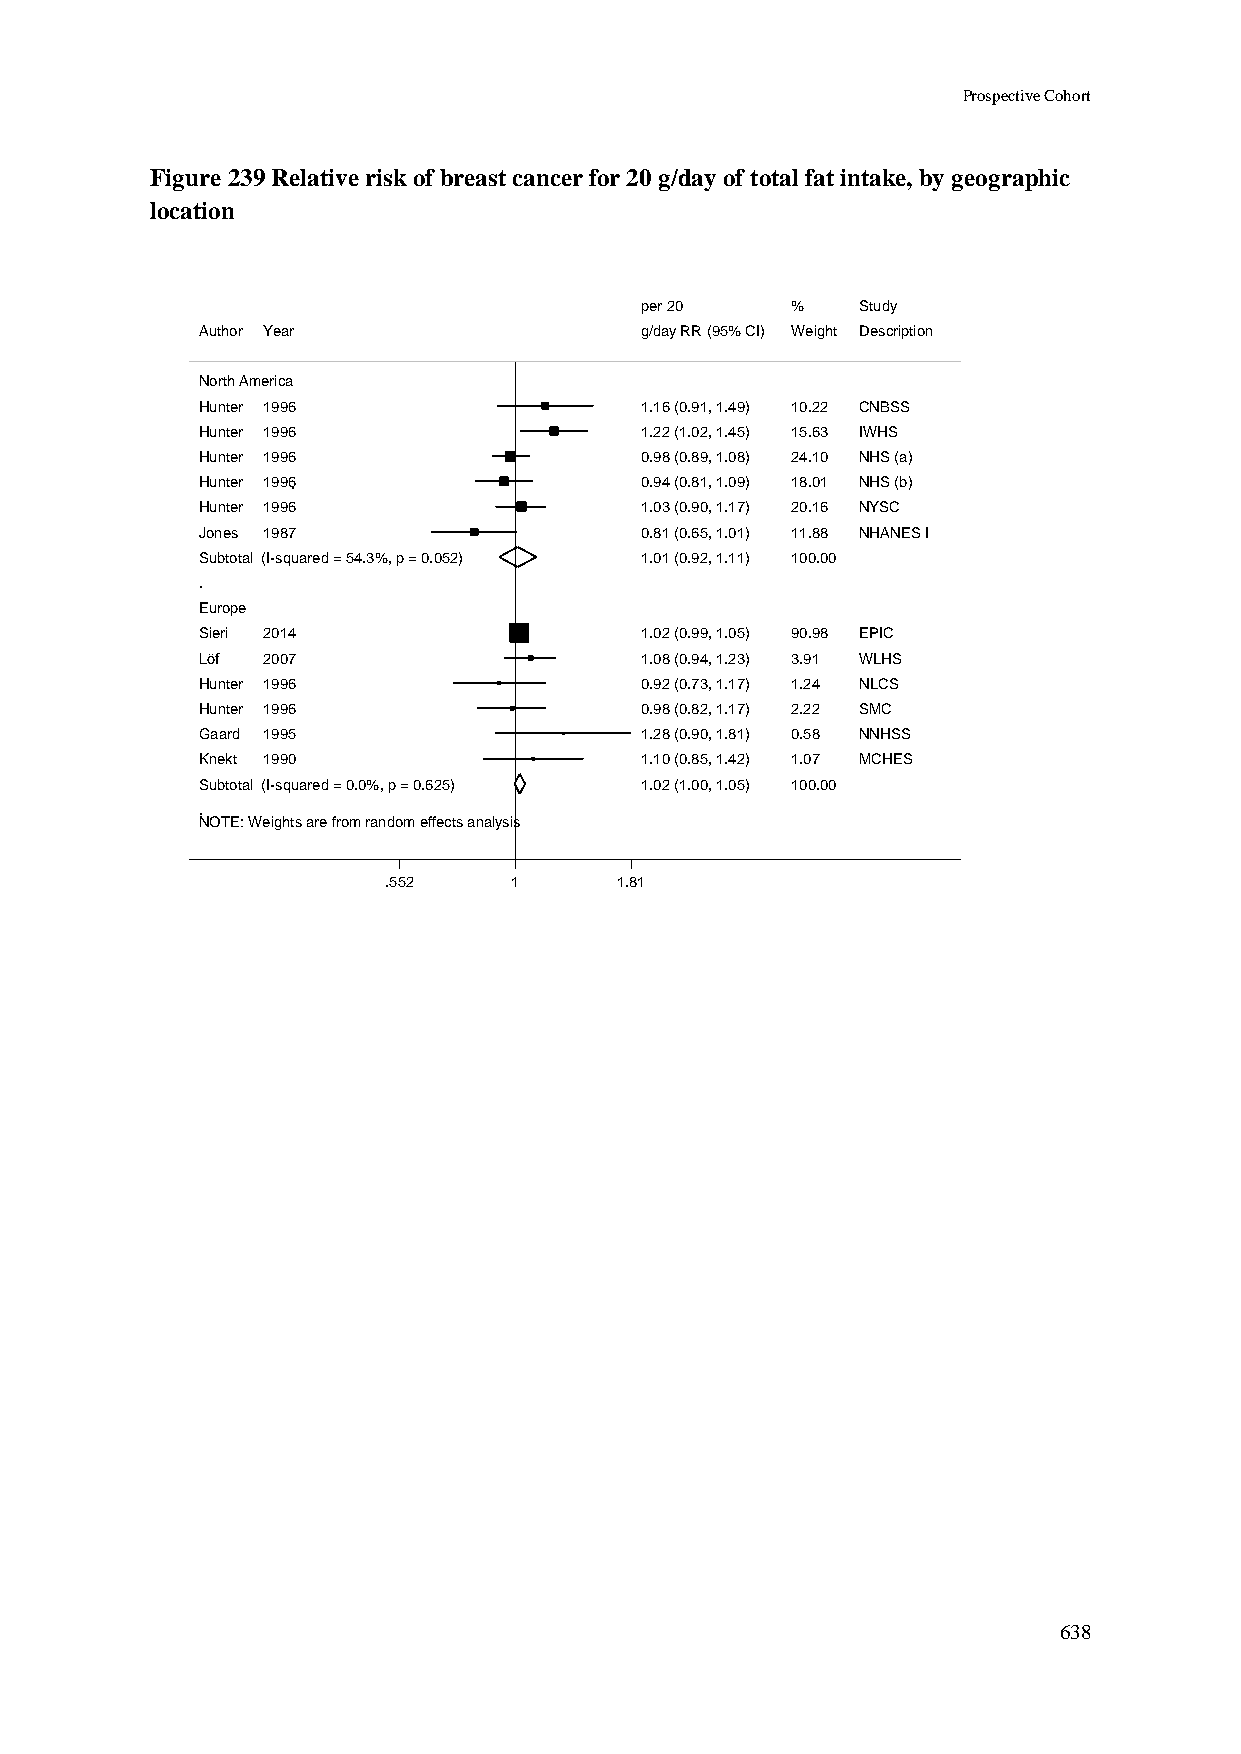
Prospective Cohort
 Figure 239 Relative risk of breast cancer for 20 g/day of total fat intake, by geographic
 location
 ppeerr 2200 %% Study
 Author Year                  gg//ddaayy RRRR ((9955%% CCII)) WWeeiigghhtt Description
 North America
 Hunter 1996                  11..1166 ((00..9911,, 11..4499)) 1100..2222 CNBSS
 Hunter 1996                  11..2222 ((11..0022,, 11..4455)) 1155..6633 IWHS
 Hunter 1996                  00..9988 ((00..8899,, 11..0088)) 2244..1100 NHS (a)
 Hunter 1996                  00..9944 ((00..8811,, 11..0099)) 1188..0011 NHS (b)
 Hunter 1996                  11..0033 ((00..9900,, 11..1177)) 2200..1166 NYSC
 Jones 1987                   00..8811 ((00..6655,, 11..0011)) 1111..8888 NHANES I
 Subtotal (I-squared = 54.3%, p = 0.052) 11..0011 ((00..9922,, 11..1111)) 110000..0000
 .
 Europe
 Sieri 2014                   11..0022 ((00..9999,, 11..0055)) 9900..9988 EPIC
 Löf 2007                     11..0088 ((00..9944,, 11..2233)) 33..9911 WLHS
 Hunter 1996                  00..9922 ((00..7733,, 11..1177)) 11..2244 NLCS
 Hunter 1996                  00..9988 ((00..8822,, 11..1177)) 22..2222 SMC
 Gaard 1995                   11..2288 ((00..9900,, 11..8811)) 00..5588 NNHSS
 Knekt 1990                   11..1100 ((00..8855,, 11..4422)) 11..0077 MCHES
 Subtotal (I-squared = 0.0%, p = 0.625) 11..0022 ((11..0000,, 11..0055)) 110000..0000
 .
 NOTE: Weights are from random effects analysis
 .552     11     1.81
 638